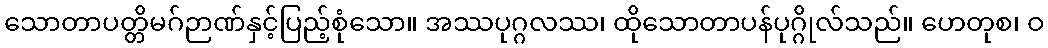
သောတာပတ္တိမဂ်ဉာဏ်နှင့်ပြည့်စုံသော။ အဿပုဂ္ဂလဿ၊ ထိုသောတာပန်ပုဂ္ဂိုလ်သည်။ ဟေတုစ၊ ဝ